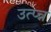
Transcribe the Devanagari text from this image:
उत्प्न्न